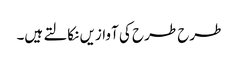
طرح طرح کی آوازیں نکالتے ہیں۔